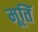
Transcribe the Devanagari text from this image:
मूतिॅ